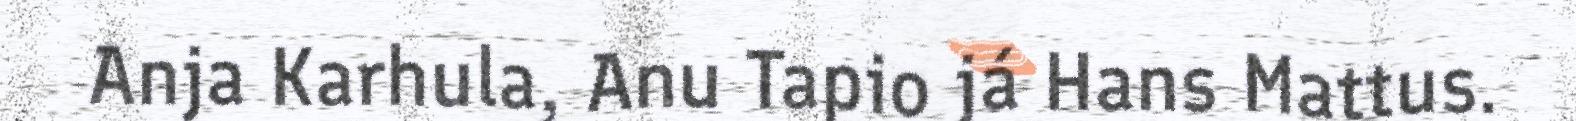
Anja Karhula, Anu Tapio já Hans Mattus.